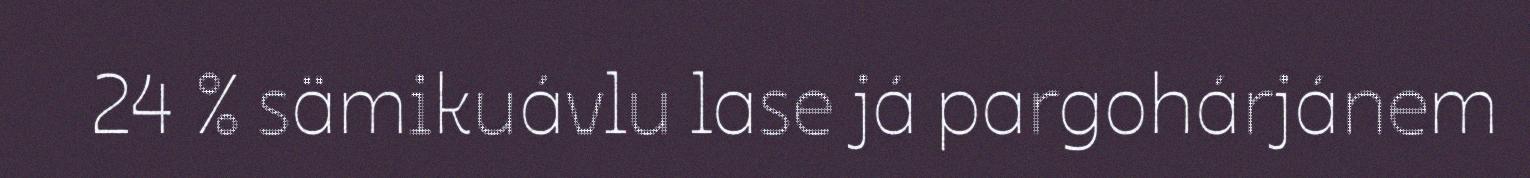
24 % sämikuávlu lase já pargohárjánem